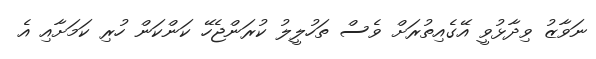
ނަވާޒު ވިދާޅުވީ އޭގެއިތުރަށް ވެސް ތަހުލީލު ކުރަންޖެހޭ ކަންކަން ހުރި ކަމަށާއި އެ